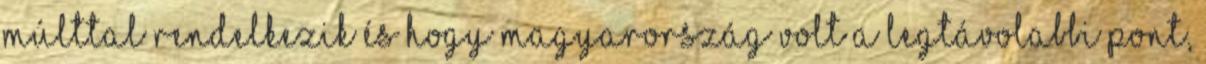
múlttal rendelkezik és hogy Magyarország volt a legtávolabbi pont,